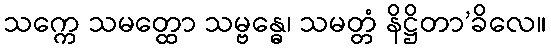
သက္ကေ သမတ္ထော သမ္ဗန္ဓေ၊ သမတ္တံ နိဋ္ဌိတာ’ခိလေ။